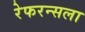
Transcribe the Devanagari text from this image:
रेफरन्सला